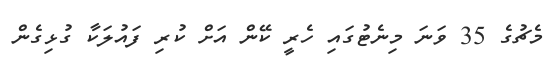
މެޗުގެ 35 ވަނަ މިނެޓުގައި ހެރީ ކޭން އަށް ކުރި ފައުލަކާ ގުޅިގެން